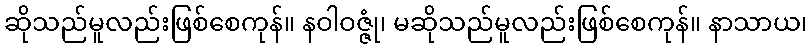
ဆိုသည်မူလည်းဖြစ်စေကုန်။ နဝါဝဇ္ဇုံ၊ မဆိုသည်မူလည်းဖြစ်စေကုန်။ နာသာယ၊